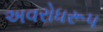
અવરોધરૂપ